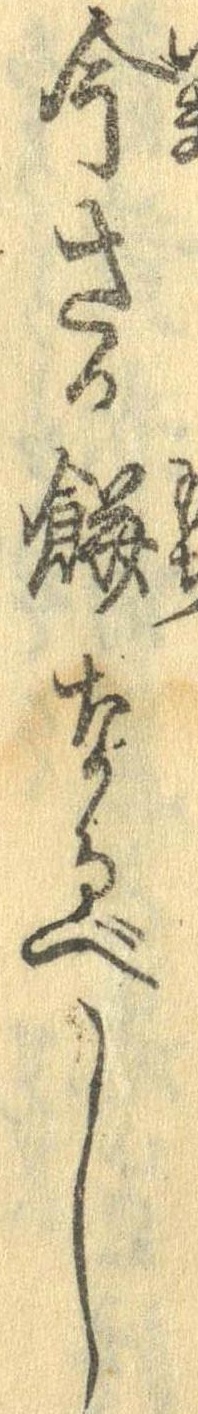
今さか餅なるべし